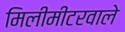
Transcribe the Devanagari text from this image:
मिलीमीटरवाले